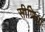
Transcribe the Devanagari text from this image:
सीणिया